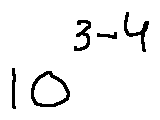
1 0 ^ { 3 - 4 }